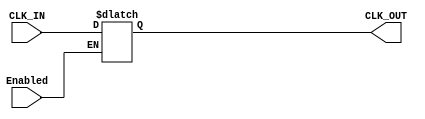
module FreezeFrame(
	input		Enabled,
	
	input			CLK_IN,
	output		CLK_OUT
);

always @* begin
	if (Enabled) begin
		CLK_OUT <= CLK_IN;
	end
end

endmodule